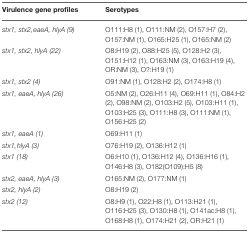
<table><thead><tr><td><b>Virulence gene profiles</b></td><td><b>Serotypes</b></td></tr></thead><tbody><tr><td><i>stx1, stx2,eaeA, hlyA (9)</i></td><td>O111:H8 (1), O111:NM (2), O157:H7 (2), O157:NM (1), O165:H25 (1), O165:NM (2)</td></tr><tr><td><i>stx1, stx2, hlyA (22)</i></td><td>O8:H19 (2), O88:H25 (5), O128:H2 (3), O151:H12 (1), O163:NM (3), O163:H19 (4), OR:NM (3), O?:H19 (1)</td></tr><tr><td><i>stx1, stx2 (4)</i></td><td>O91:NM (1), O128:H2 (2), O174:H8 (1)</td></tr><tr><td><i>stx1, eaeA, hlyA (26)</i></td><td>O5:NM (2), O26:H11 (4), O69:H11 (1), O84:H2 (2), O98:NM (2), O103:H2 (5), O103:H11 (1), O103:H25 (3), O111:H8 (3), O111:NM (1), O156:H25 (2)</td></tr><tr><td><i>stx1, eaeA (1)</i></td><td>O69:H11 (1)</td></tr><tr><td><i>stx1,hlyA (3)</i></td><td>O76:H19 (2), O136:H12 (1)</td></tr><tr><td><i>stx1 (18)</i></td><td>O6:H10 (1), O136:H12 (4), O136:H16 (1), O146:H8 (3), O182(O109):H5 (8)</td></tr><tr><td><i>stx2, eaeA, hlyA (3)</i></td><td>O165:NM (2), O177:NM (1)</td></tr><tr><td><i>stx2, hlyA (2)</i></td><td>O8:H19 (2)</td></tr><tr><td><i>stx2 (12)</i></td><td>O8:H9 (1), O22:H8 (1), O113:H21 (1), O116:H25 (3), O130:H8 (1), O141ac:H8 (1), O168:H8 (1), O174:H21 (2), OR:H21 (1)</td></tr></tbody></table>